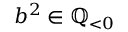
b ^ { 2 } \in \mathbb { Q } _ { < 0 }